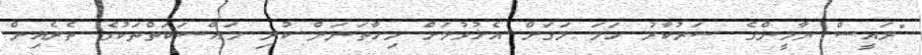
"ރައީސް ޔާމީންގެ ސަރުކާރު ހަމަ މަގަށް އެޅުވުމަށް މިހާތަނަން ކުރި މައްސަކަތްތަކުގެ ތެރެއިން